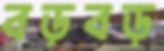
বড়বড়